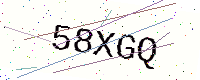
Text: 58XGQ